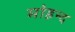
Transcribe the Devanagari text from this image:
मोहन्द